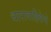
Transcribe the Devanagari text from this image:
धारावाहिकेचे